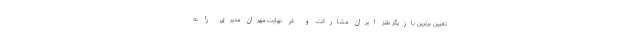
تعیین برترین بازیگر طنز ایران مشارکت و در نهایت مهران مدیری را به